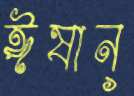
ঈষান্